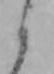
か